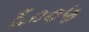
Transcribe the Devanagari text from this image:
६००५